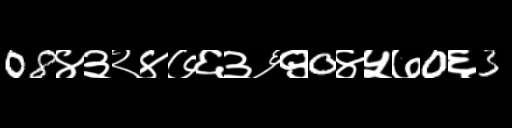
Text: 08४३२४७६३६९0४५७0६3